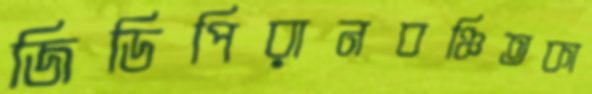
জিডিপিরানবঞ্চিতকা